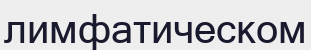
лимфатическом